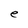
Character: e